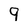
Character: 9